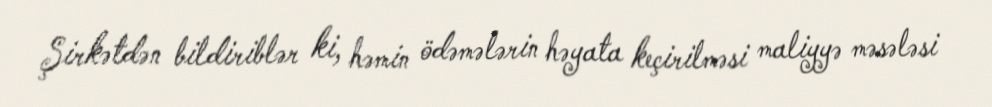
Şirkətdən bildiriblər ki, həmin ödəmələrin həyata keçirilməsi maliyyə məsələsi